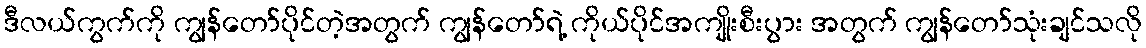
ဒီလယ်ကွက်ကို ကျွန်တော်ပိုင်တဲ့အတွက် ကျွန်တော်ရဲ့ ကိုယ်ပိုင်အကျိုးစီးပွား အတွက် ကျွန်တော်သုံးချင်သလို